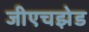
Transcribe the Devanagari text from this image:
जीएचझेड